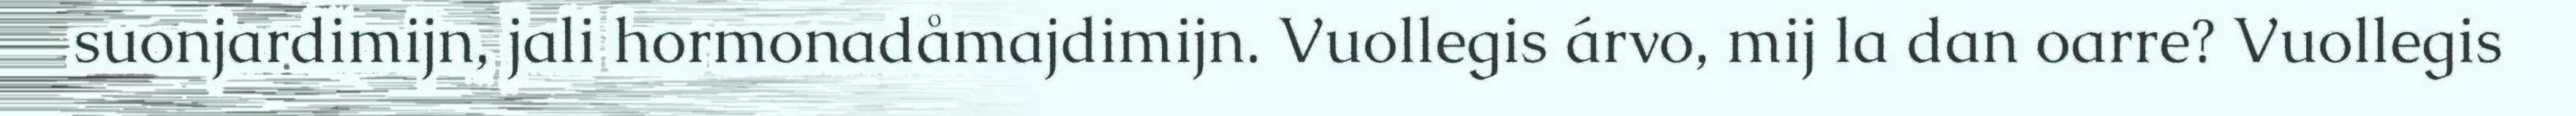
suonjardimijn, jali hormonadåmajdimijn. Vuollegis árvo, mij la dan oarre? Vuollegis